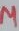
Text: µ